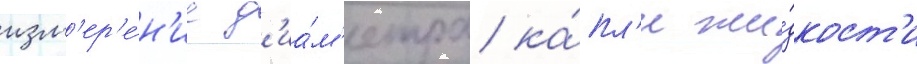
изм'ер'е́н'ие д'иа́м'етра ка́пл'и жи́дкост'и